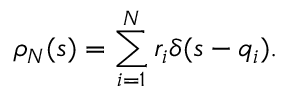
\rho _ { N } ( s ) = \sum _ { i = 1 } ^ { N } r _ { i } \delta ( s - q _ { i } ) .